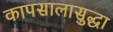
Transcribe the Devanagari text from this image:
कापसालासुद्धा